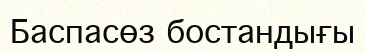
Баспасөз бостандығы